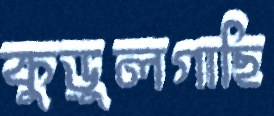
কুড়ুলগাছি